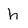
Character: h